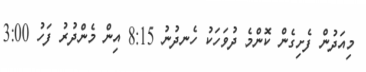
މިއަދުން ފެށިގެން ކޮންމެ ދުވަހަކު ހެނދުނު 8:15 އިން މެންދުރު ފަހު 3:00